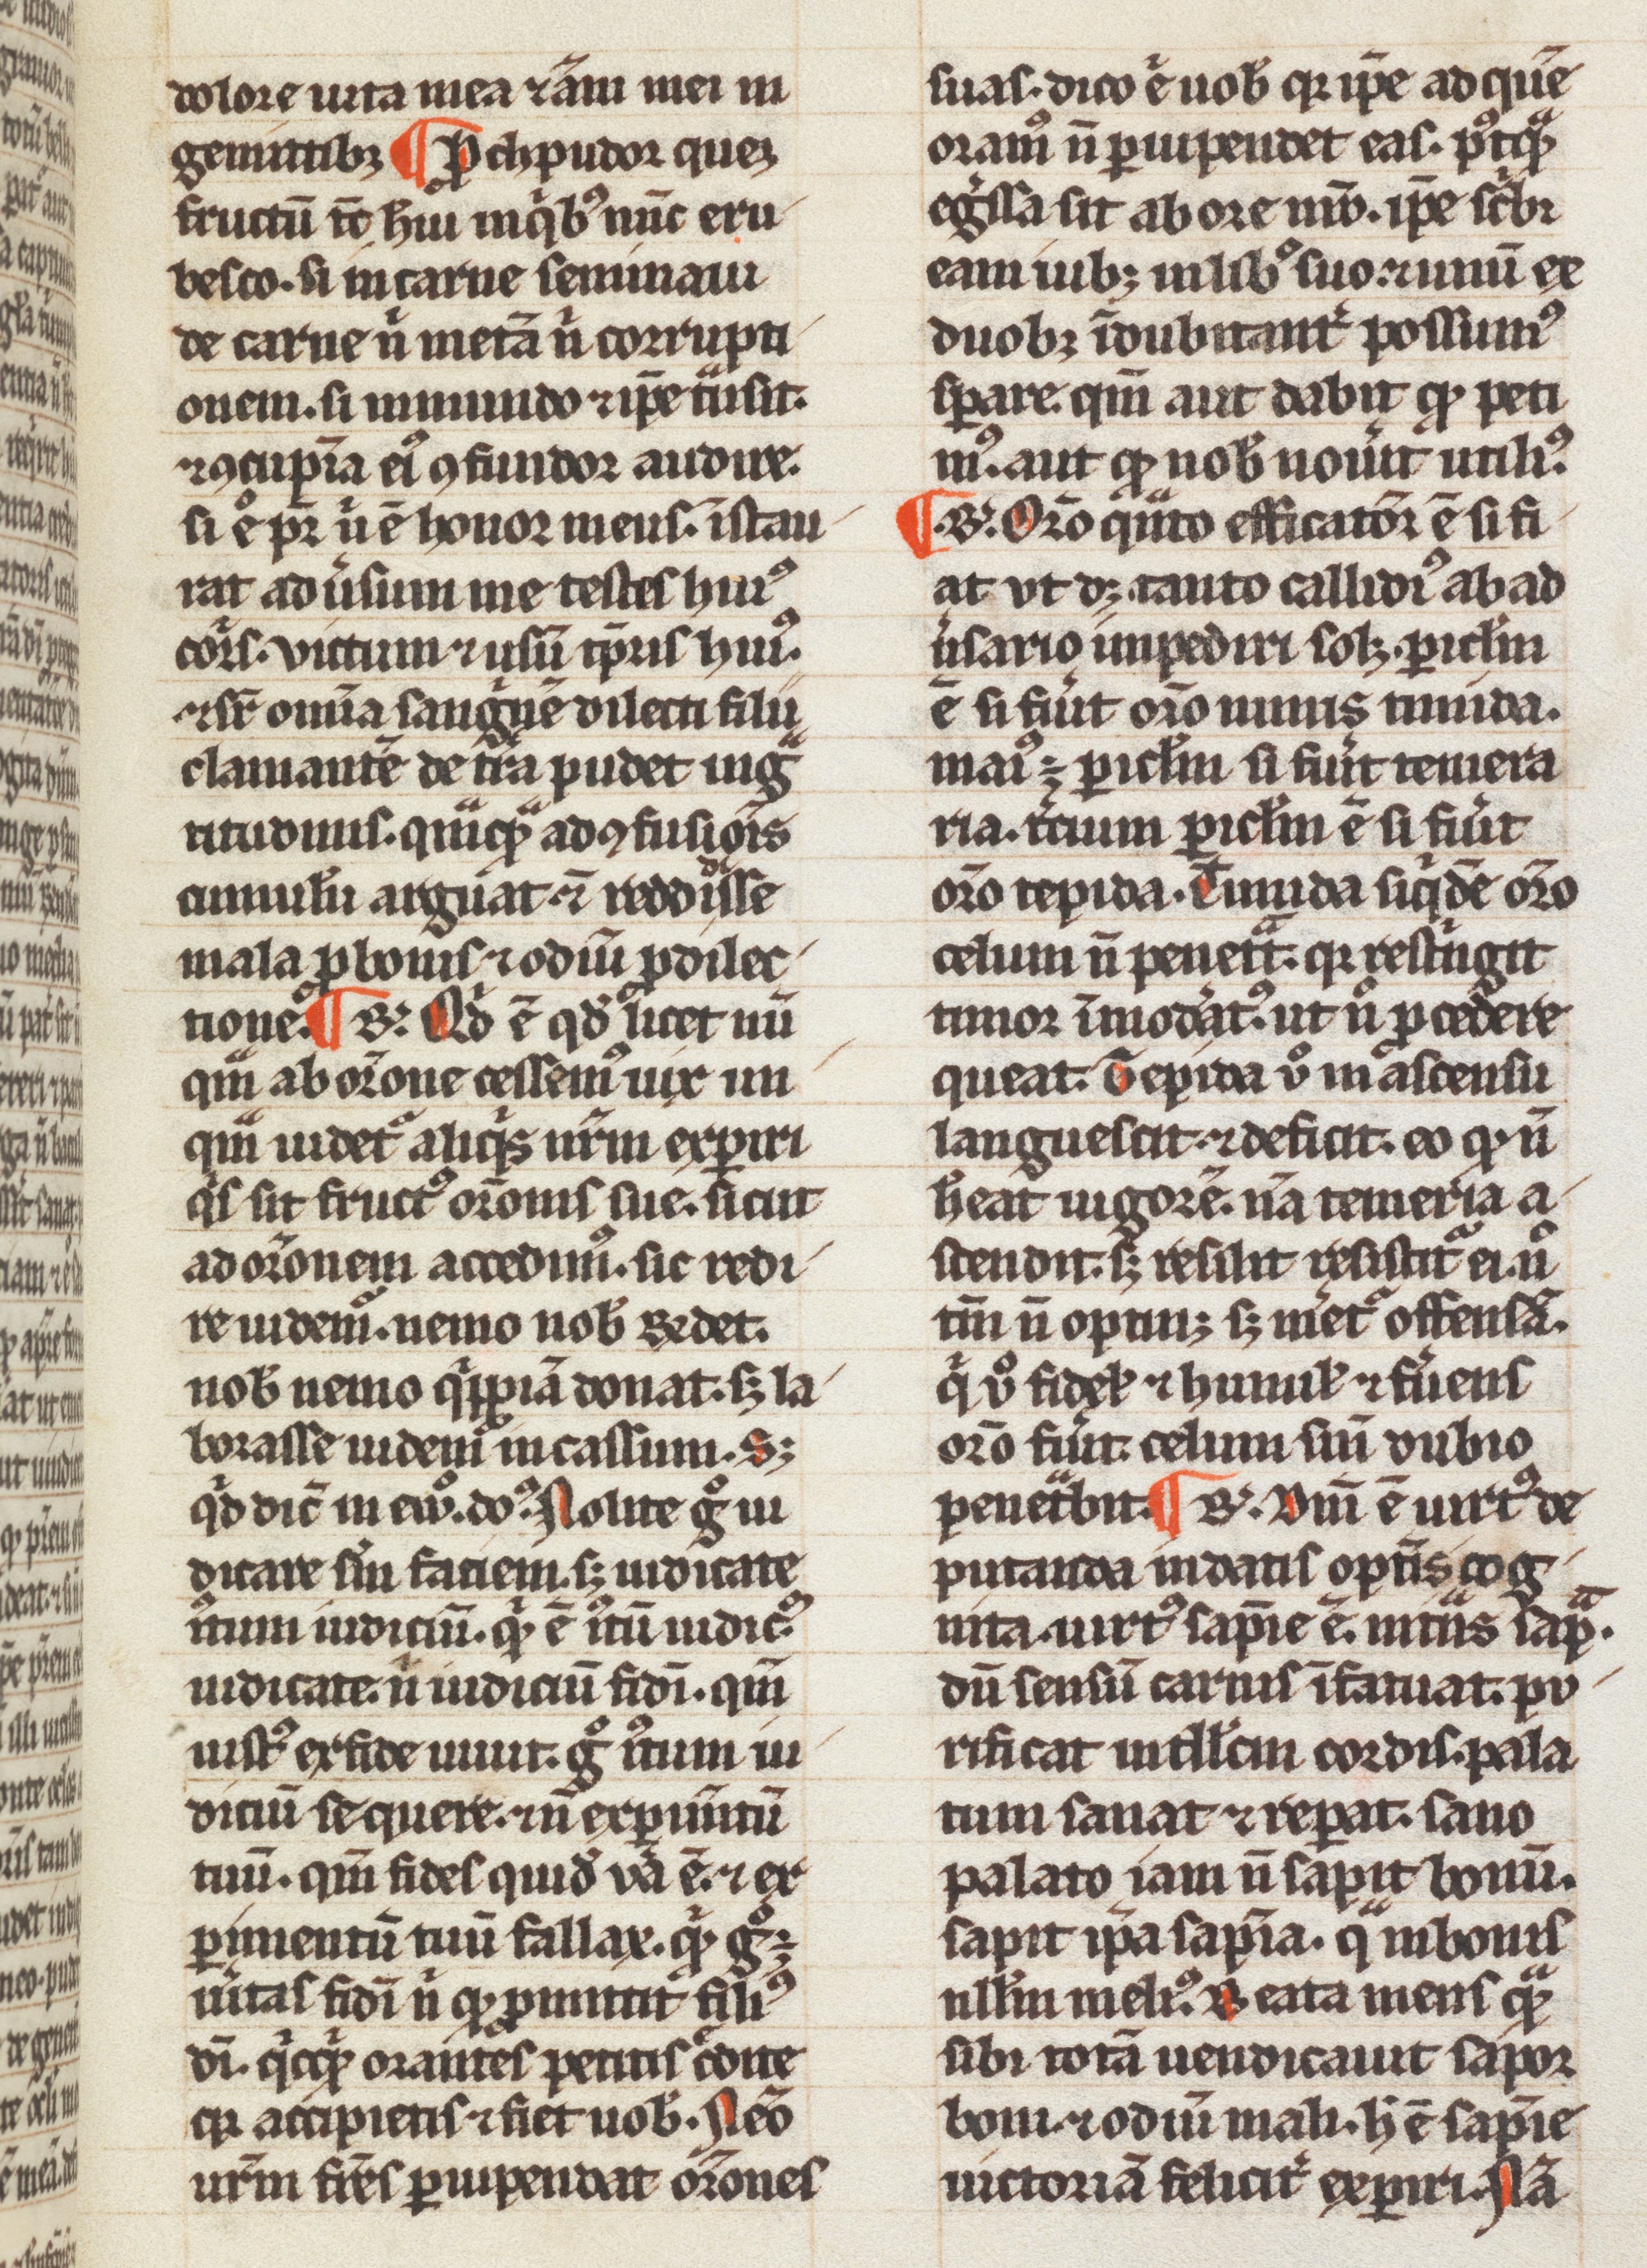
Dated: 1200–1399